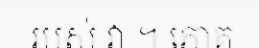
របស់ វា ។ ភោគ